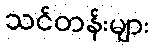
သင်တန်းများ